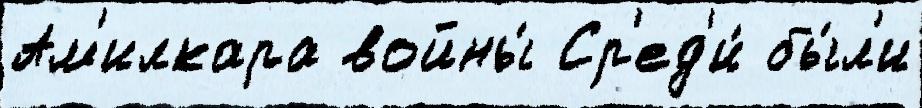
Ам'илкара войны́ Ср'ед'и́ бы́л'и